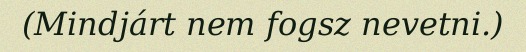
(Mindjárt nem fogsz nevetni.)